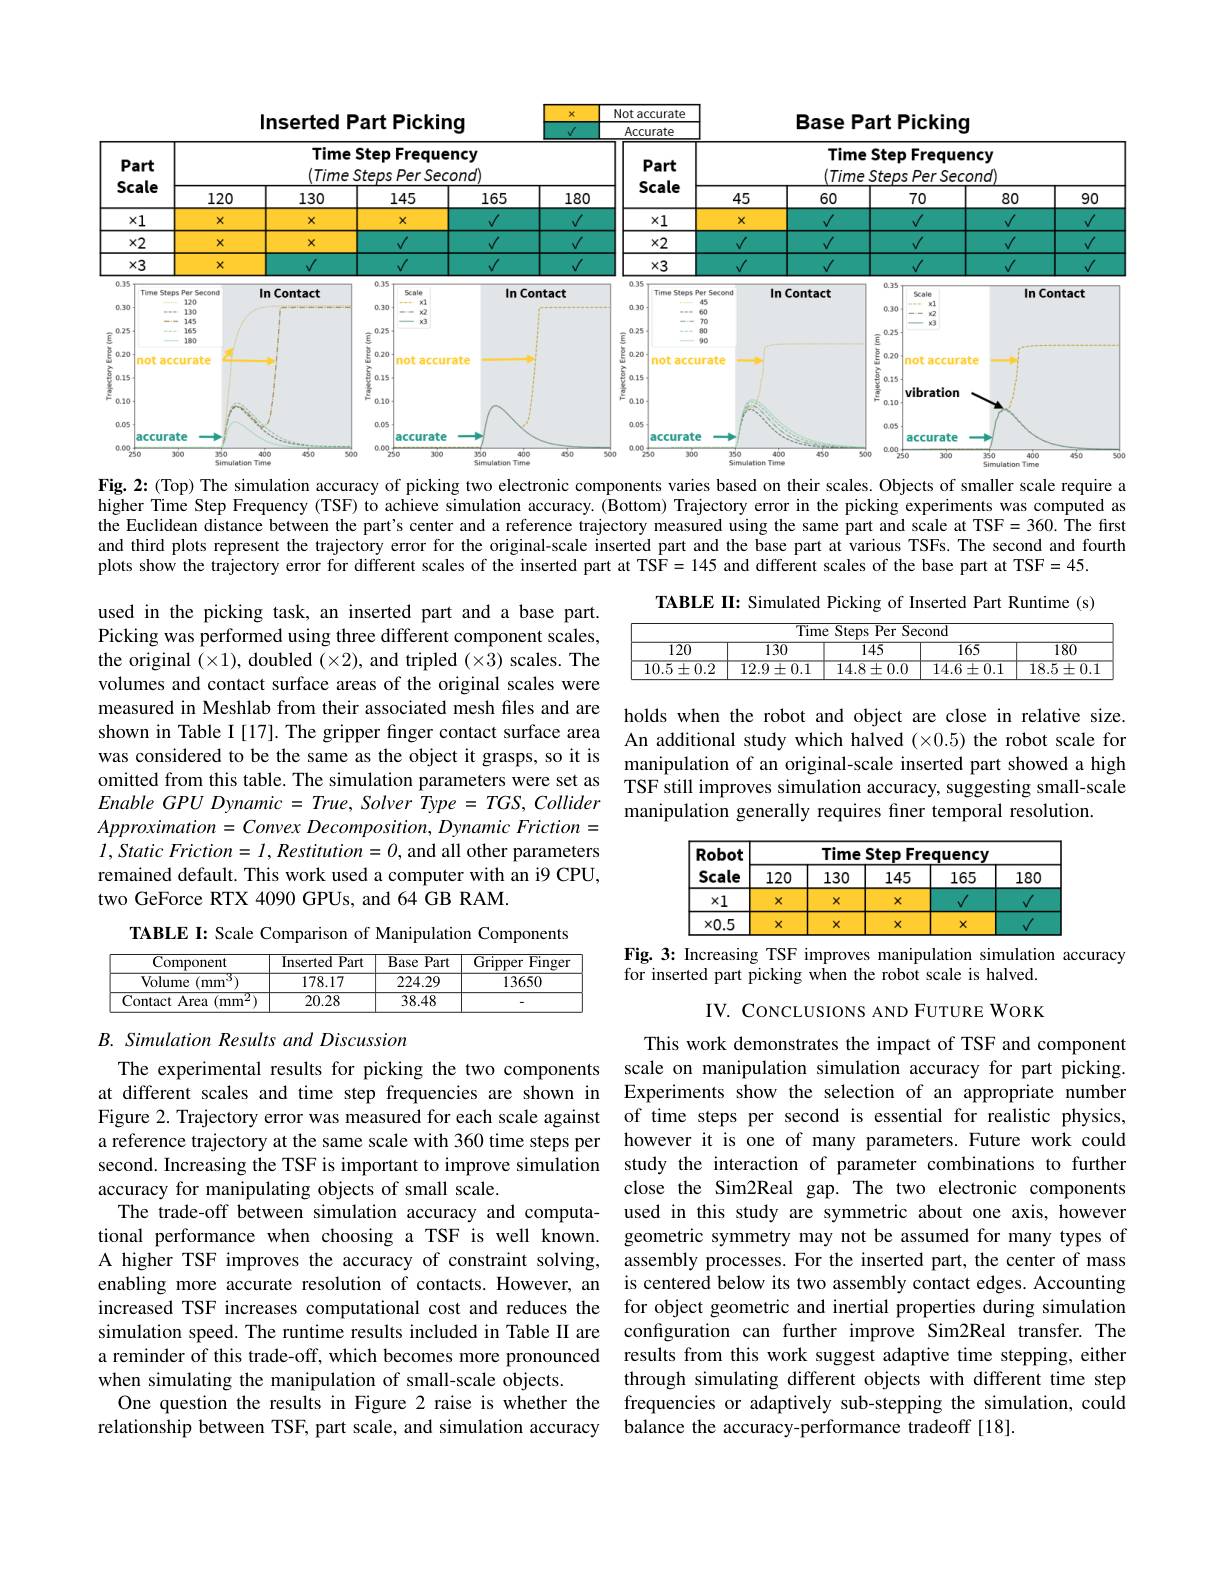
<FigureHere>

Fig. 2{:}(Top) The simulation accuracy of picking two electronic components varies based on their scales. Objects of smaller scale require a

higher Time Step Frequency (TSF) to achieve simulation accuracy. (Bottom) Trajectory error in the picking experiments was computed as the Euclidean distance between the part's center and a reference trajectory measured using the same part and scale at TSF= 360. The first and third plots represent the trajectory error for the original-scale inserted part and the base part at various TSFs. The second and fourth plots show the trajectory error for different scales of the inserted part at TSF= 145 and different scales of the base part at TSF=45.

TABLE II: Simulated Picking of Inserted Part Runtime (s)
<table>
	<tbody>
		<tr>
			<th colspan="5">Time Steps Per Second</th>
		</tr>
		<tr>
			<th>$\overline{120}$</th>
			<th>$\overline{130}$</th>
			<th>$\overline{145}$</th>
			<th>$\overline{165}$</th>
			<th>$\overline{180}$</th>
		</tr>
		<tr>
			<td>$10.5\pm0.2$</td>
			<td>$12.9\pm0.1$</td>
			<td>$14.8\pm0.0$</td>
			<td>$14.6\pm0.1$</td>
			<td>$\overline{18.5\pm0.1}$</td>
		</tr>
	</tbody>
</table>

used in the picking task, an inserted part and a base part. Picking was performed using three different component scales, the original $(\times1)$, doubled $(\times2)$, and tripled $(\times3)$ scales. The volumes and contact surface areas of the original scales were measured in Meshlab from their associated mesh files and are holds when the robot and object are close in relative size. shown in Table I [17]. The gripper finger contact surface area An additional study which halved (×0.5) the robot scale for was considered to be the same as the object it grasps, so it is
omitted from this table. The simulation parameters were set as TSF still improves simulation accuracy, suggesting small-scale$Froble\textit{GPU Dvananic}- True\textit{ Solver Tvne}- TGS\textit{ Collider}$
Enable $GPU$ Dynamic = $True$, Solver Type = $TGS$, Collider $Approximation= Convex$ $Decomposition$, Dynamic $Friction=$ $l, Static\textit{ Friction}= l, Restitution= 0$, and all other parameters remained default. This work used a computer with an i9 CPU, two GeForce RTX 4090 GPUs, and 64 GB RAM.

manipulation of an original-scale inserted part showed a high
manipulation generally requires finer temporal resolution.

<FigureHere>
Fig. 3: Increasing TSF improves manipulation simulation accuracy

for inserted part picking when the robot scale is halved.

TABLE I: Scale Comparison of Manipulation Components
<table>
	<tbody>
		<tr>
			<th>Component</th>
			<th>Inserted Part 10</th>
			<th>Base Part</th>
			<th>$\overline{\text{Finge}}$ Gripper</th>
		</tr>
		<tr>
			<td>Volume $(\mathrm{mm}^{\cdot}$ 1</td>
			<td>178.17</td>
			<td>224.29</td>
			<td>13650</td>
		</tr>
		<tr>
			<td>Contact Area $mm$</td>
			<td>20.28</td>
			<td>38.48</td>
			<td> </td>
		</tr>
	</tbody>
</table>

IV. CONCLUSIONS AND FUTURE WORK

B. Simulation Results and Discussion
The experimental results for picking the two components scale on manipulation simulation accuracy for part picking.

This work demonstrates the impact of TSF and component Experiments show the selection of an appropriate number
Figure 2. Trajectory error was measured for each scale against of time steps per second is essential for realistic physics, a reference trajectory at the same scale with 360 time steps per however it is one of many parameters. Future work could
study the interaction of parameter combinations to further close the Sim2Real gap. The two electronic components used in this study are symmetric about one axis, however geometric symmetry may not be assumed for many types of
A higher TSF improves the accuracy of constraint solving, assembly processes.For the inserted part, the center of mass enabling more accurate resolution of contacts. However, an is centered below its two assembly contact edges. Accounting increased TSF increases computational cost and reduces the for object geometric and inertial properties during simulation
configuration can further improve Sim2Real transfer. The
a reminder of this trade-off, which becomes more pronounced results from this work suggest adaptive time stepping, either
through simulating different objects with different time step frequencies or adaptively sub-stepping the simulation, could
relationship between TSF, part scale, and simulation accuracy balance the accuracy-performance tradeoff [18].

at different scales and time step frequencies are shown in second. Increasing the TSF is important to improve simulation accuracy for manipulating objects of small scale.
The trade-off between simulation accuracy and computational performance when choosing a TSF is well known. simulation speed. The runtime results included in Table II are when simulating the manipulation of small-scale objects.
One question the results in Figure 2 raise is whether the